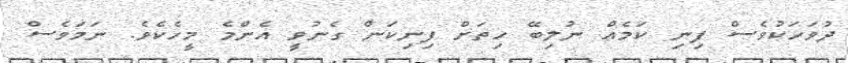
ދުވަހަކުވެސް ފިނި ކަމެއް ނުލިބޭ ހިތަށް ފިނިކަން ގެނުވީ އެންމެ މީހެކެވެ. ނަމަވެސް